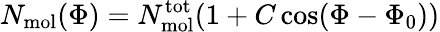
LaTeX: N_{\mathrm{mol}}(\Phi)=N_{\mathrm{mol}}^{\mathrm{tot}}(1+C\cos(\Phi-\Phi_{0}))